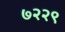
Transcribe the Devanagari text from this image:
७२२९